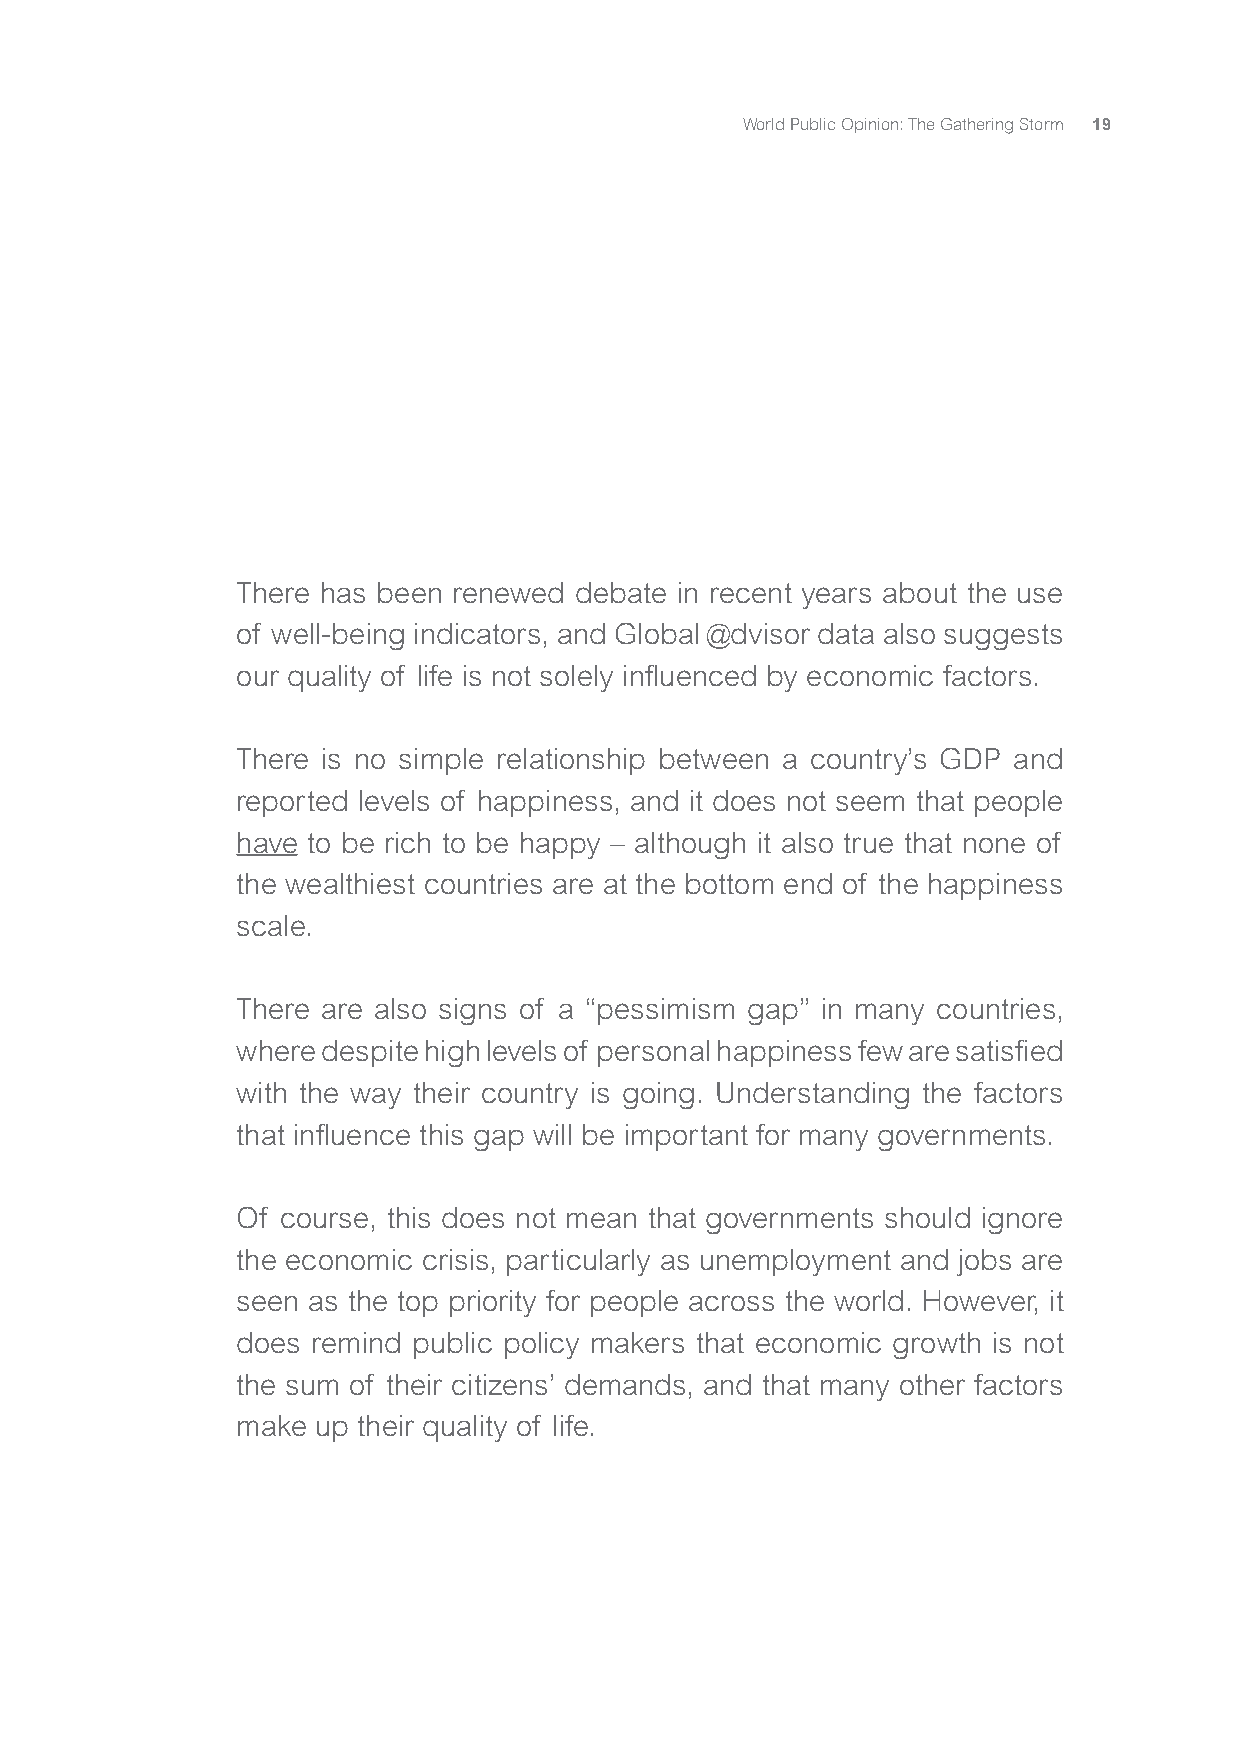
World Public Opinion: The Gathering Storm 19
 There has been renewed debate in recent years about the use
 of well-being indicators, and Global @dvisor data also suggests
 our quality of life is not solely influenced by economic factors.
 There is no simple relationship between a country’s GDP and
 reported levels of happiness, and it does not seem that people
 have to be rich to be happy – although it also true that none of
 the wealthiest countries are at the bottom end of the happiness
 scale.
 There are also signs of a “pessimism gap” in many countries,
 where despite high levels of personal happiness few are satisfied
 with the way their country is going. Understanding the factors
 that influence this gap will be important for many governments.
 Of course, this does not mean that governments should ignore
 the economic crisis, particularly as unemployment and jobs are
 seen as the top priority for people across the world. However, it
 does remind public policy makers that economic growth is not
 the sum of their citizens’ demands, and that many other factors
 make up their quality of life.